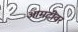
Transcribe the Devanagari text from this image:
आमटीवर